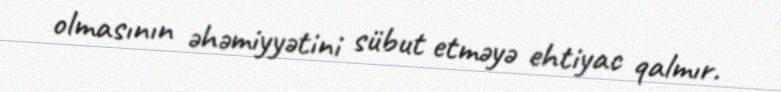
olmasının əhəmiyyətini sübut etməyə ehtiyac qalmır.